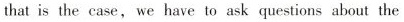
that is the case,we have to ask questions about the